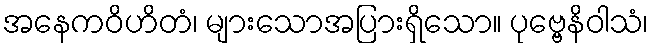
အနေကဝိဟိတံ၊ များသောအပြားရှိသော။ ပုဗ္ဗေနိဝါသံ၊